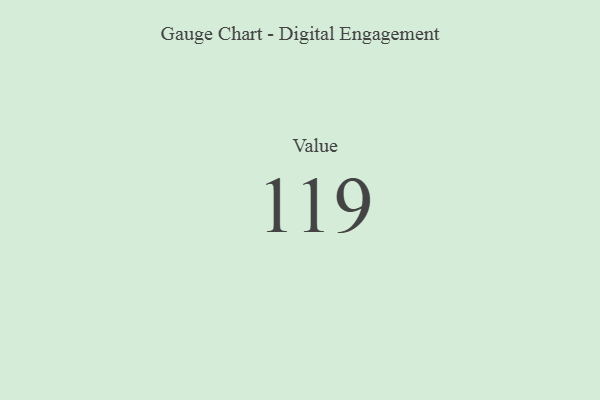
{"axis": {"x": "Metric", "y": "Value"}, "legend": [""], "data": [{"x": "Value", "y": 119, "type": ""}]}